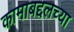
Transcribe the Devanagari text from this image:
कामाबद्दलच्या